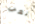
تعب